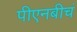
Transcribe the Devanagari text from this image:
पीएनबीचं